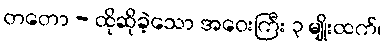
တတော - ထိုဆိုခဲ့သော အဝေးကြီး ၃ မျိုးထက်၊